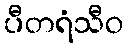
ပီတရံသီဝ